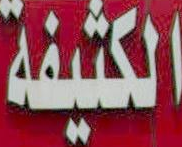
الكثيفة